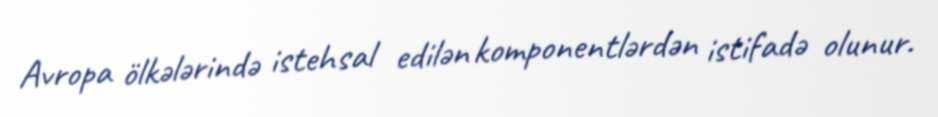
Avropa ölkələrində istehsal edilən komponentlərdən istifadə olunur.